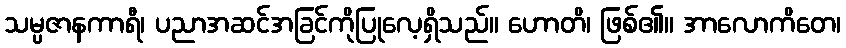
သမ္ပဇာနကာရီ၊ ပညာအဆင်အခြင်ကိုပြုလေ့ရှိသည်။ ဟောတိ၊ ဖြစ်၏။ အာလောကိတေ၊